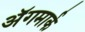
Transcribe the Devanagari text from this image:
अॅगमार्क